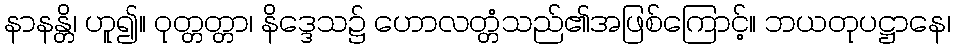
နာနန္တိ၊ ဟူ၍။ ဝုတ္တတ္တာ၊ နိဒ္ဒေသ၌ ဟောလတ္တံသည်၏အဖြစ်ကြောင့်။ ဘယတုပဋ္ဌာနေ၊